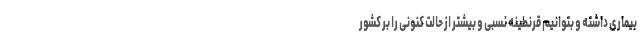
بیماری داشته و بتوانیم قرنطینه نسبی و بیشتر از حالت کنونی را بر کشور